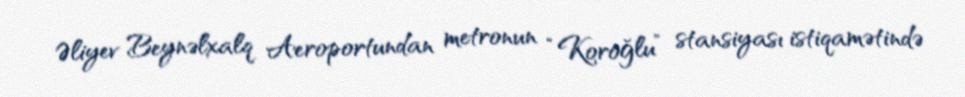
Əliyev Beynəlxalq Aeroportundan metronun “Koroğlu” stansiyası istiqamətində